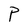
Character: P